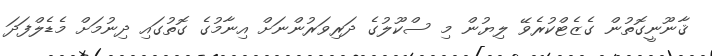
ޤާނޫނީގޮތުން ގެޒެޓްކުރެވޭ ލިޔުން މި ސްކޫލުގެ ދަރިވަރުންނަށް އިނާމުގެ ގޮތުގައި ދިނުމަށް މެޑެލްފަދަ